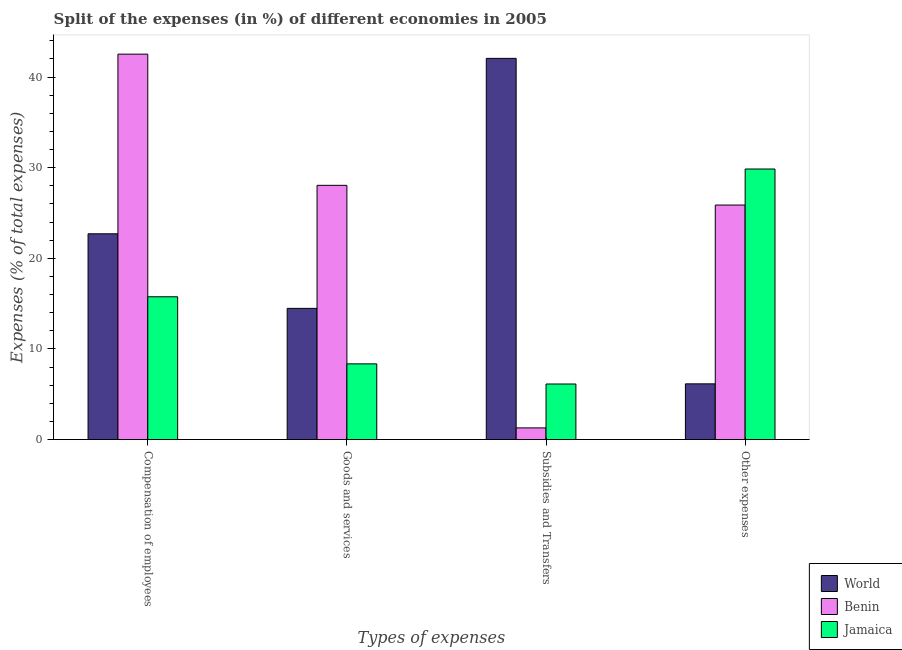
| Types of expenses | World | Benin | Jamaica |
 | --- | --- | --- | --- |
 | Compensation of employees | 22.7 | 42.5 | 15.8 |
 | Goods and services | 14.5 | 28.1 | 8.36 |
 | Subsidies and Transfers | 42.1 | 1.29 | 6.13 |
 | Other expenses | 6.15 | 25.9 | 29.9 |